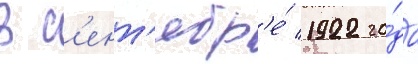
В с'ент'ябр'е́ 1922 го́да